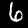
Digit: 6